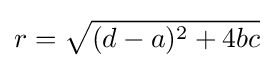
r={\sqrt {(d-a)^{2}+4bc}}